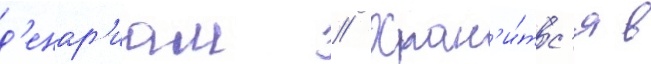
д'енар'иам // Хран'и́тс'я в